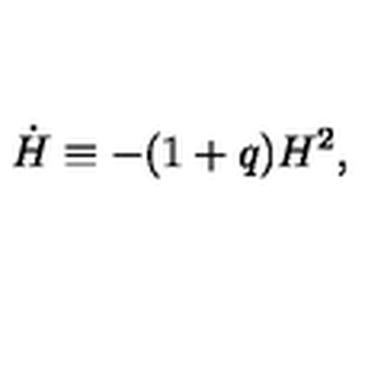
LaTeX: \dot { H } \equiv - ( 1 + q ) H ^ { 2 } ,